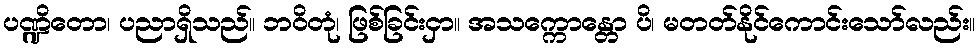
ပဏ္ဍိတော၊ ပညာရှိသည်။ ဘဝိတုံ၊ ဖြစ်ခြင်းငှာ။ အသက္ကောန္တော ပိ၊ မတတ်နိုင်ကောင်းသော်လည်း။